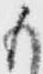
も